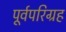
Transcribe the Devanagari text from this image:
पूर्वपरिग्रह